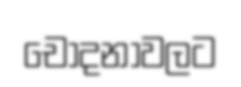
චෝදනාවලට